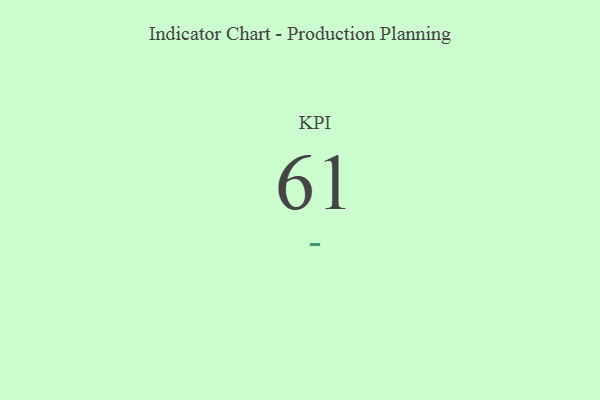
{"axis": {"x": "KPI", "y": "Value"}, "legend": [""], "data": [{"x": "KPI", "y": 61, "type": ""}]}